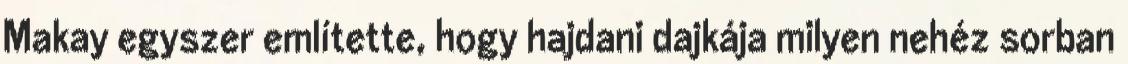
Makay egyszer említette, hogy hajdani dajkája milyen nehéz sorban